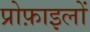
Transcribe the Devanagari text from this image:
प्रोफ़ाइलों